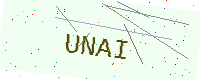
Text: UNAI